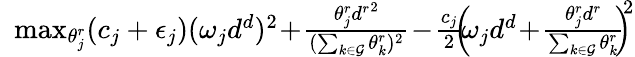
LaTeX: \begin{array}{rl}{\! \! }&{\! \! \! \operatorname*{max}_{\theta_{j}^{r}}(c_{j}+\epsilon_{j})(\omega_{j}d^{d})^{2}\! +\! \frac{\theta_{j}^{r}{d^{r}}^{2}}{(\sum_{k\in\mathcal{G}}\theta_{k}^{r})^{2}}\! -\! \frac{c_{j}}{2}\! \! {\left(\! \! \omega_{j}d^{d}\! +\! \frac{\theta_{j}^{r}d^{r}}{\sum_{k\in\mathcal{G}}\theta_{k}^{r}}\! \! \right)\! \! }^{2}}\end{array}